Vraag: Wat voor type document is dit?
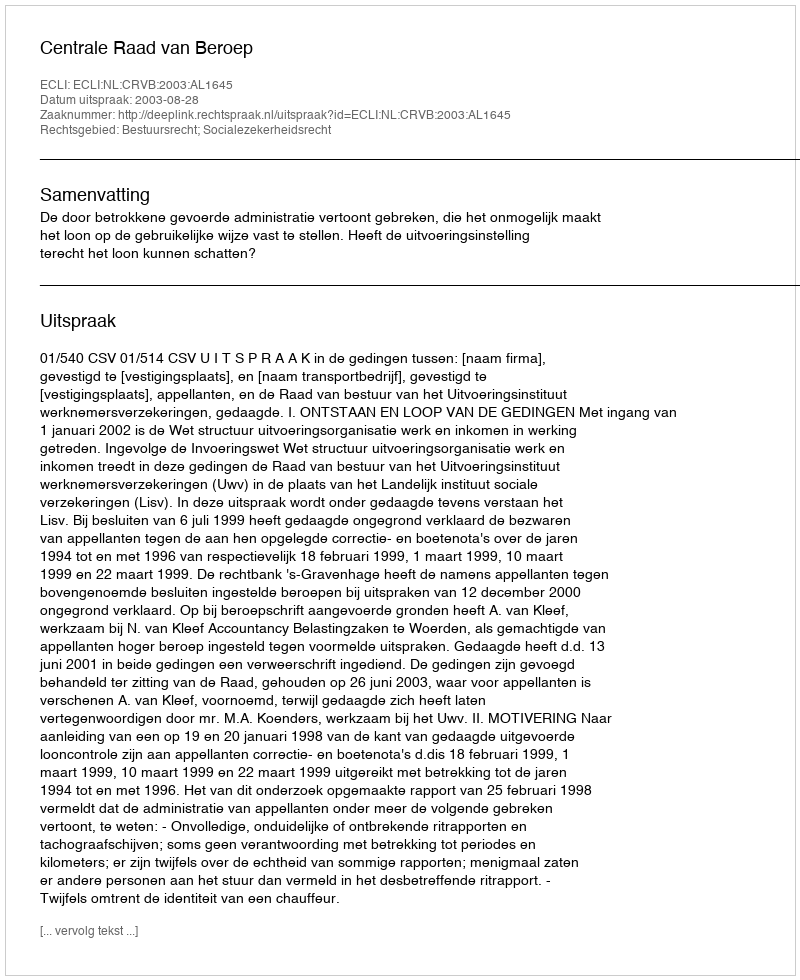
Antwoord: Uitspraak